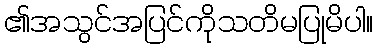
၏အသွင်အပြင်ကိုသတိမပြုမိပါ။